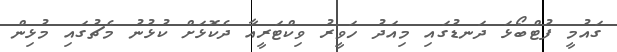
ގައުމީ ފުޓްބޯޅަ ދަނޑުގައި މިއަދު ހަވީރު ވިކްޓަރީއާ ދެކޮޅަށް ކުޅުނު މެޗުގައި މުޅިން